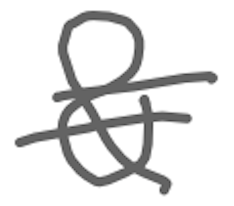
Text: &
Cross-out: double-line
Writing tool: digital_gray